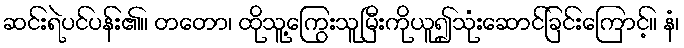
ဆင်းရဲပင်ပန်း၏။ တတော၊ ထိုသူ့ကြွေးသူမြီးကိုယူ၍သုံးဆောင်ခြင်းကြောင့်။ နံ၊